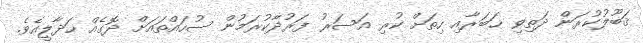
ޤަބޫލުކުރަން ދަތިވި ޚަބަރާއި ހިތަށް ކުރި އަސަރު ފަރުދާކުރަމުން ސުހައްތައަށް ދޮގެއް ހަދާލީއެވެ.